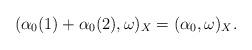
LaTeX: \begin{align*}(\alpha_0(1)+\alpha_0(2), \omega)_X=(\alpha_0, \omega)_X.\end{align*}